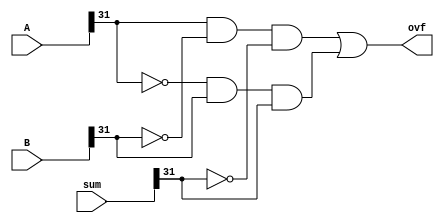
module ovfSub(A, B, sum, ovf);

 input [31:0] A, B, sum;
 output ovf;
 
 not n1(NA31, A[31]);
 not n2(NB31, B[31]); 
 not n3(NS31, sum[31]); 
 and and1(A1, A[31], NB31, NS31); 
 and and2(A2, NA31, B[31], sum[31]); 
 or or1(ovf, A1, A2);
 
endmodule